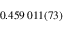
0 . 4 5 9 \, 0 1 1 ( 7 3 )